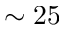
\sim 2 5